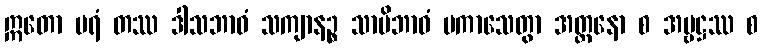
ဣတော ပရံ တဿ ဒါသဘာဝံ သကျာနဉ္စ သာမိဘာဝံ ပကာသေတွာ အတ္တနော စ အမ္ဗဋ္ဌဿ စ